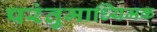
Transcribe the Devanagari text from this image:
परंतुमाध्यिमक